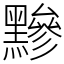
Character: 黲